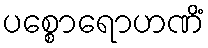
ပစ္စောရောဟဏိံ